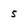
Character: 5